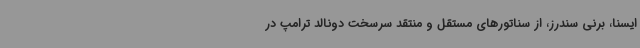
ایسنا، برنی سندرز، از سناتورهای مستقل و منتقد سرسخت دونالد ترامپ در